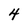
Character: 4